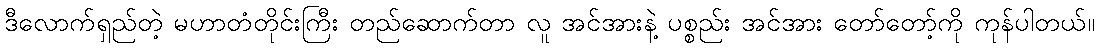
ဒီလောက်ရှည်တဲ့ မဟာတံတိုင်းကြီး တည်ဆောက်တာ လူ အင်အားနဲ့ ပစ္စည်း အင်အား တော်တော့်ကို ကုန်ပါတယ်။